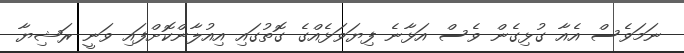
ނަމަވެސް އެއާ ގުޅިގެން ވެސް އަޅާނެ ފިޔަވަޅެއްގެ ގޮތުގައި އިއުލާންކޮށްފައި ވަނީ ރަޝިޔާ